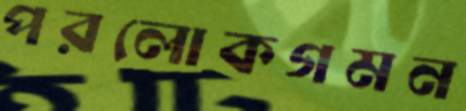
পরলোকগমন